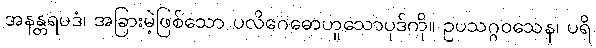
အနန္တရပဒံ၊ အခြားမဲ့ဖြစ်သော ပလိဂေဓောဟူသောပုဒ်ကို။ ဥပသဂ္ဂဝသေန၊ ပရိ